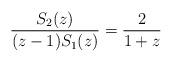
LaTeX: \begin{align*}\frac{S_2(z)}{(z-1) S_1(z)} = \frac{2}{1+z}\end{align*}